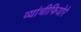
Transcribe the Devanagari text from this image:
व्यांचीफियोरे